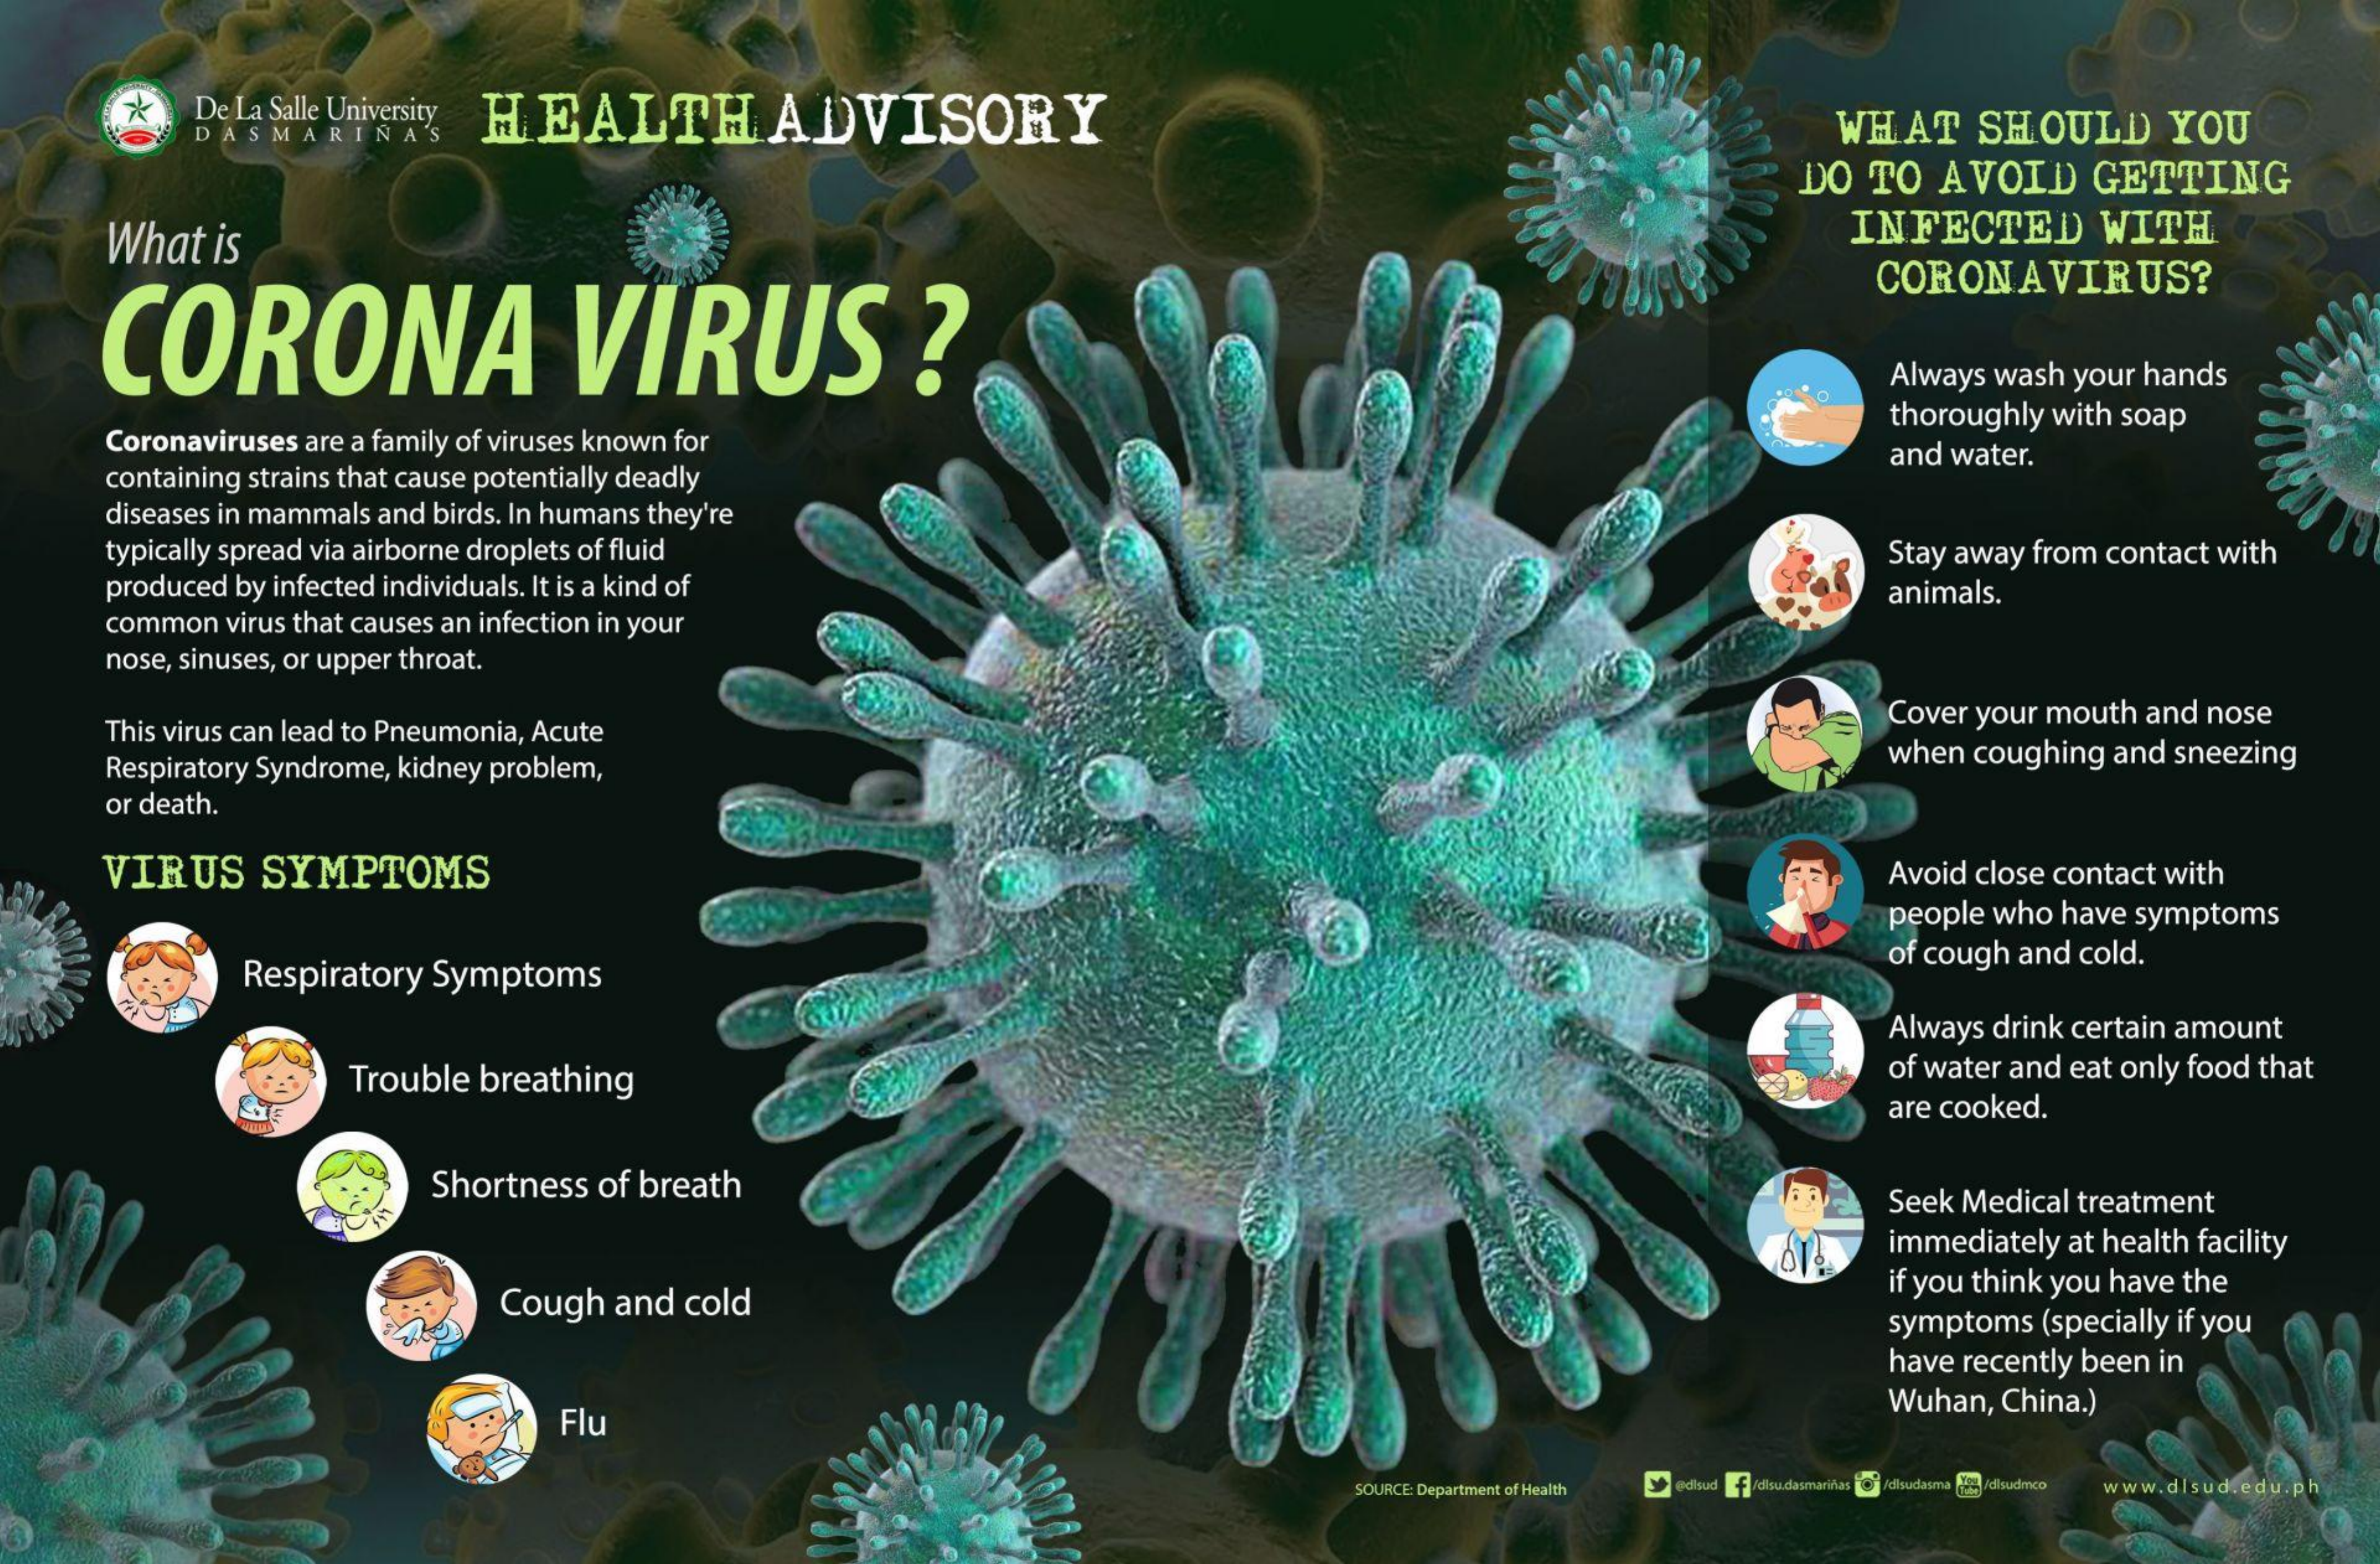
De La Salle University  HEALTH    ADVISORY
     DASMARIÑA'S    WHAT    SHOULD    YOU
     DO   TO    AVOID    GETTING
     What    is    INFECTED    WITH
     CORONA    VIRUS    ?
     CORONAVIRUS?
     Always   wash  your  hands
     Coronaviruses    are a family of viruses known  for
     thoroughly    with soap
     containing  strains that cause potentially deadly
     and  water.
     diseases  in mammals   and  birds. In humans  they're
     typically spread via airborne droplets of fluid
     produced   by infected  individuals. It is a kind of
     Stay away   from  contact   with
     common    virus that causes  an infection in your
     animals.
     nose, sinuses, or upper  throat.
     This virus can lead to Pneumonia,   Acute
     Cover  your  mouth    and  nose
     Respiratory  Syndrome,   kidney  problem,    when   coughing    and  sneezing
     or death.
     VIRUS    SYMPTOMS    Avoid  close  contact  with
     people   who  have  symptoms
     Respiratory    Symptoms
     of cough   and  cold.
     Always   drink certain  amount
     Trouble    breathing    of water  and  eat only  food  that
     are cooked.
     Shortness    of breath
     Seek  Medical   treatment
     immediately    at health  facility
     Cough    and   cold
     if you think you  have   the
     symptoms    (specially if you
     have  recently  been   in
     Flu
     Wuhan,   China.)
     SOURCE: Department of Health odisud fidisu.dasmariñas /dhudasmas elsudmco www.dlsud.edu.ph